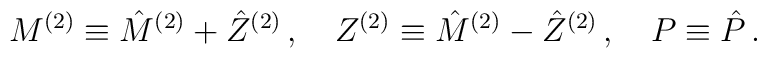
M^{(2)} \equiv \hat{M}^{(2)} + \hat{Z}^{(2)} \, , \quad Z^{(2)} \equiv \hat{M}^{(2)} - \hat{Z}^{(2)}\,,\quad P \equiv \hat{P}  \, .